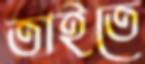
তাইতে